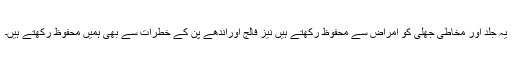
یہ جلد اور مخاطی جھلی کو امراض سے محفوظ رکھتے ہیں نیز فالج اوراندھے پن کے خطرات سے بھی ہمیں محفوظ رکھتے ہیں۔